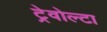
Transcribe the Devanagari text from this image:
ट्रेवोल्टा